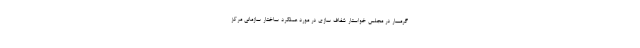
گرمسار در مجلس خواستار شفاف سازی در مورد عملکرد ساختار سازمانی مرکز